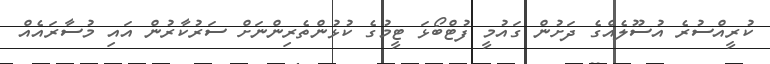
ކުރީއްސުރެ އުސޫލެއްގެ ދަށުން ގައުމީ ފުޓްބޯޅަ ޓީމުގެ ކުޅުންތެރިންނަށް ސަރުކާރުން އައި މުސާރައެއް